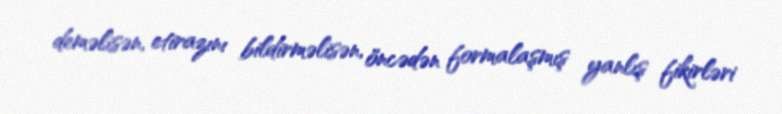
deməlisən, etirazını bildirməlisən, öncədən formalaşmış yanlış fikirləri